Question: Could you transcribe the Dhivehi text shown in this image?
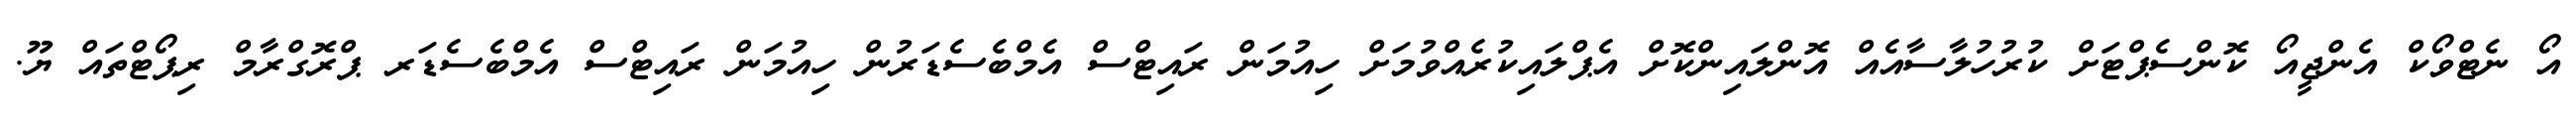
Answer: އޯ ނެޓްވޯކް އެންޖީއޯ ކޮންސެޕްޓަށް ކުރުހުލާސާއެއް އޮންލައިންކޮށް އެޕްލައިކުރެއްވުމަށް ހިއުމަން ރައިޓްސް އެމްބެސެޑަރުން ހިއުމަން ރައިޓްސް އެމްބެސެޑަރ ޕްރޮގްރާމް ރިޕޯޓްތައް ޔޫ.